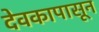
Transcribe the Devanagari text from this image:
देवकापासून